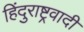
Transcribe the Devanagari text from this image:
हिंदुराष्ट्रवादी